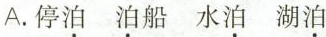
A. 停泊 泊船 水泊 湖泊